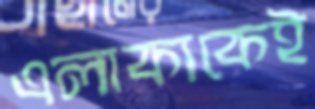
এলাকাকেই